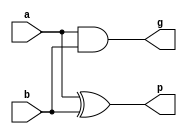
`timescale 1ns / 1ps
//////////////////////////////////////////////////////////////////////////////////
// Company: 
// Engineer: 
// 
// Design Name: 
// Module Name: fast_adder
// Project Name: 
// Target Devices: 
// Tool Versions: 
// Description: 
// 
// Dependencies: 
// 
// Revision:
// Revision 0.01 - File Created
// Additional Comments:
// 
//////////////////////////////////////////////////////////////////////////////////
module PGGen(output g, p, input a, b);
 
  and  (g, a, b);
  xor  (p, a, b);
 
endmodule


module CLA11(output [10:0] sum, output cout, input [10:0] a, b);
wire [10:0] g, p;
wire [65:0] e;
wire cin;
wire [10:0] c;
buf  (cin, 0);
//c[0]
and  (e[0], cin, p[0]);
or  (c[0], e[0], g[0]);

//c[1]
and  (e[1], cin, p[0], p[1]);
and  (e[2], g[0], p[1]);
or  (c[1], e[1], e[2], g[1]);

//c[2]
and  (e[3], cin, p[0], p[1], p[2]);
and  (e[4], g[0], p[1], p[2]);
and  (e[5], g[1], p[2]);
or  (c[2], e[3], e[4], e[5], g[2]);

//c[3]
and  (e[6], cin, p[0], p[1], p[2], p[3]);
and  (e[7], g[0], p[1], p[2], p[3]);
and  (e[8], g[1], p[2], p[3]);
and  (e[9], g[2], p[3]);
or  (c[3], e[6], e[7], e[8], e[9], g[3]);

//c[4]
and  (e[10], cin, p[0], p[1], p[2], p[3], p[4]);
and  (e[11], g[0], p[1], p[2], p[3], p[4]);
and  (e[12], g[1], p[2], p[3], p[4]);
and  (e[13], g[2], p[3], p[4]);
and  (e[14], g[3], p[4]);
or  (c[4], e[10], e[11], e[12], e[13], e[14], g[4]);

//c[5]
and  (e[15], cin, p[0], p[1], p[2], p[3], p[4], p[5]);
and  (e[16], g[0], p[1], p[2], p[3], p[4], p[5]);
and  (e[17], g[1], p[2], p[3], p[4], p[5]);
and  (e[18], g[2], p[3], p[4], p[5]);
and  (e[19], g[3], p[4], p[5]);
and  (e[20], g[4], p[5]);
or  (c[5], e[15], e[16], e[17], e[18], e[19], e[20], g[5]);

//c[6]
and  (e[21], cin, p[0], p[1], p[2], p[3], p[4], p[5], p[6]);
and  (e[22], g[0], p[1], p[2], p[3], p[4], p[5], p[6]);
and  (e[23], g[1], p[2], p[3], p[4], p[5], p[6]);
and  (e[24], g[2], p[3], p[4], p[5], p[6]);
and  (e[25], g[3], p[4], p[5], p[6]);
and  (e[26], g[4], p[5], p[6]);
and  (e[27], g[5], p[6]);
or  (c[6], e[21], e[22], e[23], e[24], e[25], e[26], e[27], g[6]);

//c[7]
and  (e[28], cin, p[0], p[1], p[2], p[3], p[4], p[5], p[6], p[7]);
and  (e[29], g[0], p[1], p[2], p[3], p[4], p[5], p[6], p[7]);
and  (e[30], g[1], p[2], p[3], p[4], p[5], p[6], p[7]);
and  (e[31], g[2], p[3], p[4], p[5], p[6], p[7]);
and  (e[32], g[3], p[4], p[5], p[6], p[7]);
and  (e[33], g[4], p[5], p[6], p[7]);
and  (e[34], g[5], p[6], p[7]);
and  (e[35], g[6], p[7]);
or  (c[7], e[28], e[29], e[30], e[31], e[32], e[33], e[34], e[35], g[7]);

//c[8]
and  (e[36], cin, p[0], p[1], p[2], p[3], p[4], p[5], p[6], p[7], p[8]);
and  (e[37], g[0], p[1], p[2], p[3], p[4], p[5], p[6], p[7], p[8]);
and  (e[38], g[1], p[2], p[3], p[4], p[5], p[6], p[7], p[8]);
and  (e[39], g[2], p[3], p[4], p[5], p[6], p[7], p[8]);
and  (e[40], g[3], p[4], p[5], p[6], p[7], p[8]);
and  (e[41], g[4], p[5], p[6], p[7], p[8]);
and  (e[42], g[5], p[6], p[7], p[8]);
and  (e[43], g[6], p[7], p[8]);
and  (e[44], g[7], p[8]);
or  (c[8], e[36], e[37], e[38], e[39], e[40], e[41], e[42], e[43], e[44], g[8]);

//c[9]
and  (e[45], cin, p[0], p[1], p[2], p[3], p[4], p[5], p[6], p[7], p[8], p[9]);
and  (e[46], g[0], p[1], p[2], p[3], p[4], p[5], p[6], p[7], p[8], p[9]);
and  (e[47], g[1], p[2], p[3], p[4], p[5], p[6], p[7], p[8], p[9]);
and  (e[48], g[2], p[3], p[4], p[5], p[6], p[7], p[8], p[9]);
and  (e[49], g[3], p[4], p[5], p[6], p[7], p[8], p[9]);
and  (e[50], g[4], p[5], p[6], p[7], p[8], p[9]);
and  (e[51], g[5], p[6], p[7], p[8], p[9]);
and  (e[52], g[6], p[7], p[8], p[9]);
and  (e[53], g[7], p[8], p[9]);
and  (e[54], g[8], p[9]);
or  (c[9], e[45], e[46], e[47], e[48], e[49], e[50], e[51], e[52], e[53], e[54], g[9]);

//c[10]
and  (e[55], cin, p[0], p[1], p[2], p[3], p[4], p[5], p[6], p[7], p[8], p[9], p[10]);
and  (e[56], g[0], p[1], p[2], p[3], p[4], p[5], p[6], p[7], p[8], p[9], p[10]);
and  (e[57], g[1], p[2], p[3], p[4], p[5], p[6], p[7], p[8], p[9], p[10]);
and  (e[58], g[2], p[3], p[4], p[5], p[6], p[7], p[8], p[9], p[10]);
and  (e[59], g[3], p[4], p[5], p[6], p[7], p[8], p[9], p[10]);
and  (e[60], g[4], p[5], p[6], p[7], p[8], p[9], p[10]);
and  (e[61], g[5], p[6], p[7], p[8], p[9], p[10]);
and  (e[62], g[6], p[7], p[8], p[9], p[10]);
and  (e[63], g[7], p[8], p[9], p[10]);
and  (e[64], g[8], p[9], p[10]);
and  (e[65], g[9], p[10]);
or  (c[10], e[55], e[56], e[57], e[58], e[59], e[60], e[61], e[62], e[63], e[64], e[65], g[10]);
/*
//c[11]
and  (e[66], cin, p[0], p[1], p[2], p[3], p[4], p[5], p[6], p[7], p[8], p[9], p[10], p[11]);
and  (e[67], g[0], p[1], p[2], p[3], p[4], p[5], p[6], p[7], p[8], p[9], p[10], p[11]);
and  (e[68], g[1], p[2], p[3], p[4], p[5], p[6], p[7], p[8], p[9], p[10], p[11]);
and  (e[69], g[2], p[3], p[4], p[5], p[6], p[7], p[8], p[9], p[10], p[11]);
and  (e[70], g[3], p[4], p[5], p[6], p[7], p[8], p[9], p[10], p[11]);
and  (e[71], g[4], p[5], p[6], p[7], p[8], p[9], p[10], p[11]);
and  (e[72], g[5], p[6], p[7], p[8], p[9], p[10], p[11]);
and  (e[73], g[6], p[7], p[8], p[9], p[10], p[11]);
and  (e[74], g[7], p[8], p[9], p[10], p[11]);
and  (e[75], g[8], p[9], p[10], p[11]);
and  (e[76], g[9], p[10], p[11]);
and  (e[77], g[10], p[11]);
or  (c[11], e[66], e[67], e[68], e[69], e[70], e[71], e[72], e[73], e[74], e[75], e[76], e[77], g[11]);

//c[12]
and  (e[78], cin, p[0], p[1], p[2], p[3], p[4], p[5], p[6], p[7], p[8], p[9], p[10], p[11], p[12]);
and  (e[79], g[0], p[1], p[2], p[3], p[4], p[5], p[6], p[7], p[8], p[9], p[10], p[11], p[12]);
and  (e[80], g[1], p[2], p[3], p[4], p[5], p[6], p[7], p[8], p[9], p[10], p[11], p[12]);
and  (e[81], g[2], p[3], p[4], p[5], p[6], p[7], p[8], p[9], p[10], p[11], p[12]);
and  (e[82], g[3], p[4], p[5], p[6], p[7], p[8], p[9], p[10], p[11], p[12]);
and  (e[83], g[4], p[5], p[6], p[7], p[8], p[9], p[10], p[11], p[12]);
and  (e[84], g[5], p[6], p[7], p[8], p[9], p[10], p[11], p[12]);
and  (e[85], g[6], p[7], p[8], p[9], p[10], p[11], p[12]);
and  (e[86], g[7], p[8], p[9], p[10], p[11], p[12]);
and  (e[87], g[8], p[9], p[10], p[11], p[12]);
and  (e[88], g[9], p[10], p[11], p[12]);
and  (e[89], g[10], p[11], p[12]);
and  (e[90], g[11], p[12]);
or  (c[12], e[78], e[79], e[80], e[81], e[82], e[83], e[84], e[85], e[86], e[87], e[88], e[89], e[90], g[12]);

//c[13]
and  (e[91], cin, p[0], p[1], p[2], p[3], p[4], p[5], p[6], p[7], p[8], p[9], p[10], p[11], p[12], p[13]);
and  (e[92], g[0], p[1], p[2], p[3], p[4], p[5], p[6], p[7], p[8], p[9], p[10], p[11], p[12], p[13]);
and  (e[93], g[1], p[2], p[3], p[4], p[5], p[6], p[7], p[8], p[9], p[10], p[11], p[12], p[13]);
and  (e[94], g[2], p[3], p[4], p[5], p[6], p[7], p[8], p[9], p[10], p[11], p[12], p[13]);
and  (e[95], g[3], p[4], p[5], p[6], p[7], p[8], p[9], p[10], p[11], p[12], p[13]);
and  (e[96], g[4], p[5], p[6], p[7], p[8], p[9], p[10], p[11], p[12], p[13]);
and  (e[97], g[5], p[6], p[7], p[8], p[9], p[10], p[11], p[12], p[13]);
and  (e[98], g[6], p[7], p[8], p[9], p[10], p[11], p[12], p[13]);
and  (e[99], g[7], p[8], p[9], p[10], p[11], p[12], p[13]);
and  (e[100], g[8], p[9], p[10], p[11], p[12], p[13]);
and  (e[101], g[9], p[10], p[11], p[12], p[13]);
and  (e[102], g[10], p[11], p[12], p[13]);
and  (e[103], g[11], p[12], p[13]);
and  (e[104], g[12], p[13]);
or  (c[13], e[91], e[92], e[93], e[94], e[95], e[96], e[97], e[98], e[99], e[100], e[101], e[102], e[103], e[104], g[13]);

//c[14]
and  (e[105], cin, p[0], p[1], p[2], p[3], p[4], p[5], p[6], p[7], p[8], p[9], p[10], p[11], p[12], p[13], p[14]);
and  (e[106], g[0], p[1], p[2], p[3], p[4], p[5], p[6], p[7], p[8], p[9], p[10], p[11], p[12], p[13], p[14]);
and  (e[107], g[1], p[2], p[3], p[4], p[5], p[6], p[7], p[8], p[9], p[10], p[11], p[12], p[13], p[14]);
and  (e[108], g[2], p[3], p[4], p[5], p[6], p[7], p[8], p[9], p[10], p[11], p[12], p[13], p[14]);
and  (e[109], g[3], p[4], p[5], p[6], p[7], p[8], p[9], p[10], p[11], p[12], p[13], p[14]);
and  (e[110], g[4], p[5], p[6], p[7], p[8], p[9], p[10], p[11], p[12], p[13], p[14]);
and  (e[111], g[5], p[6], p[7], p[8], p[9], p[10], p[11], p[12], p[13], p[14]);
and  (e[112], g[6], p[7], p[8], p[9], p[10], p[11], p[12], p[13], p[14]);
and  (e[113], g[7], p[8], p[9], p[10], p[11], p[12], p[13], p[14]);
and  (e[114], g[8], p[9], p[10], p[11], p[12], p[13], p[14]);
and  (e[115], g[9], p[10], p[11], p[12], p[13], p[14]);
and  (e[116], g[10], p[11], p[12], p[13], p[14]);
and  (e[117], g[11], p[12], p[13], p[14]);
and  (e[118], g[12], p[13], p[14]);
and  (e[119], g[13], p[14]);
or  (c[14], e[105], e[106], e[107], e[108], e[109], e[110], e[111], e[112], e[113], e[114], e[115], e[116], e[117], e[118], e[119], g[14]);

//c[15]
and  (e[120], cin, p[0], p[1], p[2], p[3], p[4], p[5], p[6], p[7], p[8], p[9], p[10], p[11], p[12], p[13], p[14], p[15]);
and  (e[121], g[0], p[1], p[2], p[3], p[4], p[5], p[6], p[7], p[8], p[9], p[10], p[11], p[12], p[13], p[14], p[15]);
and  (e[122], g[1], p[2], p[3], p[4], p[5], p[6], p[7], p[8], p[9], p[10], p[11], p[12], p[13], p[14], p[15]);
and  (e[123], g[2], p[3], p[4], p[5], p[6], p[7], p[8], p[9], p[10], p[11], p[12], p[13], p[14], p[15]);
and  (e[124], g[3], p[4], p[5], p[6], p[7], p[8], p[9], p[10], p[11], p[12], p[13], p[14], p[15]);
and  (e[125], g[4], p[5], p[6], p[7], p[8], p[9], p[10], p[11], p[12], p[13], p[14], p[15]);
and  (e[126], g[5], p[6], p[7], p[8], p[9], p[10], p[11], p[12], p[13], p[14], p[15]);
and  (e[127], g[6], p[7], p[8], p[9], p[10], p[11], p[12], p[13], p[14], p[15]);
and  (e[128], g[7], p[8], p[9], p[10], p[11], p[12], p[13], p[14], p[15]);
and  (e[129], g[8], p[9], p[10], p[11], p[12], p[13], p[14], p[15]);
and  (e[130], g[9], p[10], p[11], p[12], p[13], p[14], p[15]);
and  (e[131], g[10], p[11], p[12], p[13], p[14], p[15]);
and  (e[132], g[11], p[12], p[13], p[14], p[15]);
and  (e[133], g[12], p[13], p[14], p[15]);
and  (e[134], g[13], p[14], p[15]);
and  (e[135], g[14], p[15]);
or  (c[15], e[120], e[121], e[122], e[123], e[124], e[125], e[126], e[127], e[128], e[129], e[130], e[131], e[132], e[133], e[134], e[135], g[15]);
*/
xor  (sum[0],p[0],cin);
xor  x[10:1](sum[10:1],p[10:1],c[9:0]);
buf  (cout, c[10]);
PGGen pggen[10:0](g[10:0],p[10:0],a[10:0],b[10:0]);
 
endmodule